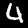
Digit: 4